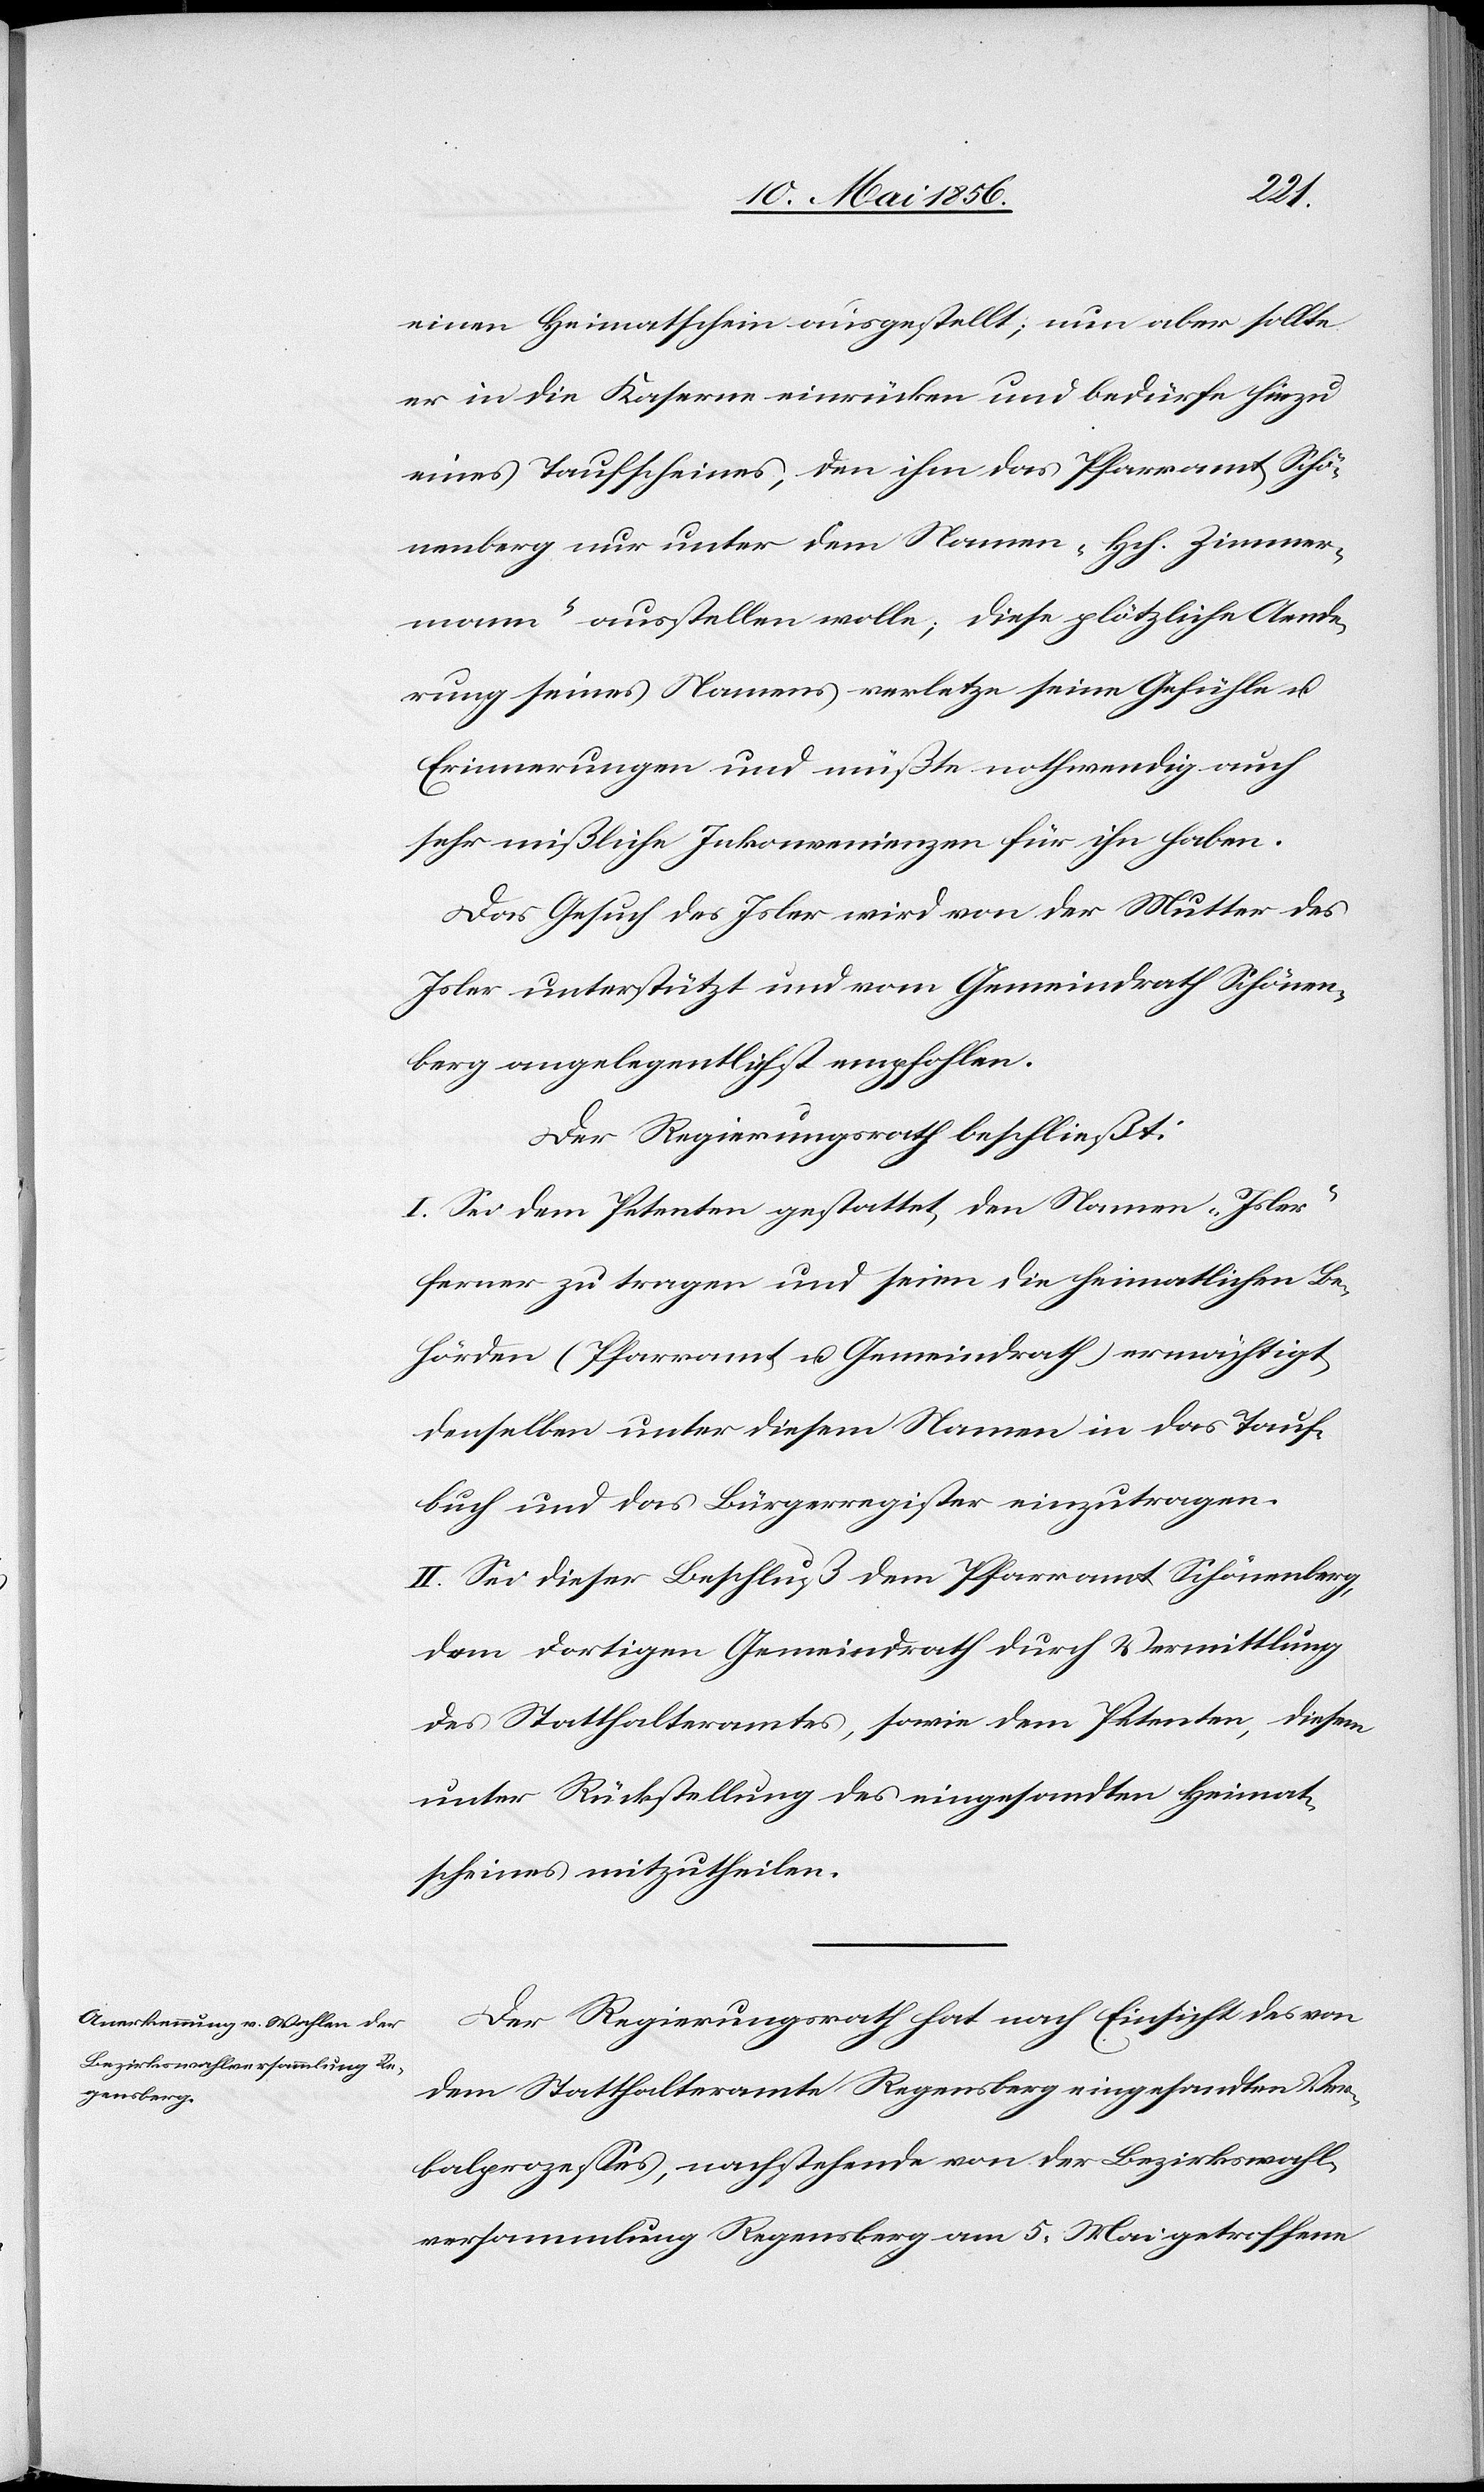
einen Heimatschein ausgestellt; nun aber sollte
er in die Kaserne einrücken und bedürfe hiezu
eines Taufscheines, den ihm das Pfarramt Schö¬
nenberg nur unter dem Namen „Hch. Zimmer¬
mann“ ausstellen wolle; diese plötzliche Aende¬
rung seines Namens verletze seine Gefühle u.
Erinnerungen und müßte nothwendig auch
sehr mißliche Inkonvenienzen für ihn haben.
Das Gesuch des Isler wird von der Mutter des
Isler unterstützt und vom Gemeindrath Schönen¬
berg angelegentlichst empfohlen.
Der Regierungsrath beschließt:
I. Sei dem Petenten gestattet, den Namen „Isler“
ferner zu tragen und seien die heimatlichen Be¬
hörden (Pfarramt u. Gemeindrath) ermächtigt,
denselben unter diesem Namen in das Tauf¬
buch und das Bürgerregister einzutragen.
II. Sei dieser Beschluß dem Pfarramt Schönenberg,
dem dortigen Gemeindrath durch Vermittlung
des Statthalteramtes, sowie dem Petenten, diesem
unter Rückstellung des eingesandten Heimat¬
scheines mitzutheilen.
Der Regierungsrath hat nach Einsicht des von
dem Statthalteramte Regensberg eingesandten Ver¬
balprozesses, nachstehende von der Bezirkswahl¬
versammlung Regensberg am 5. Mai getroffene